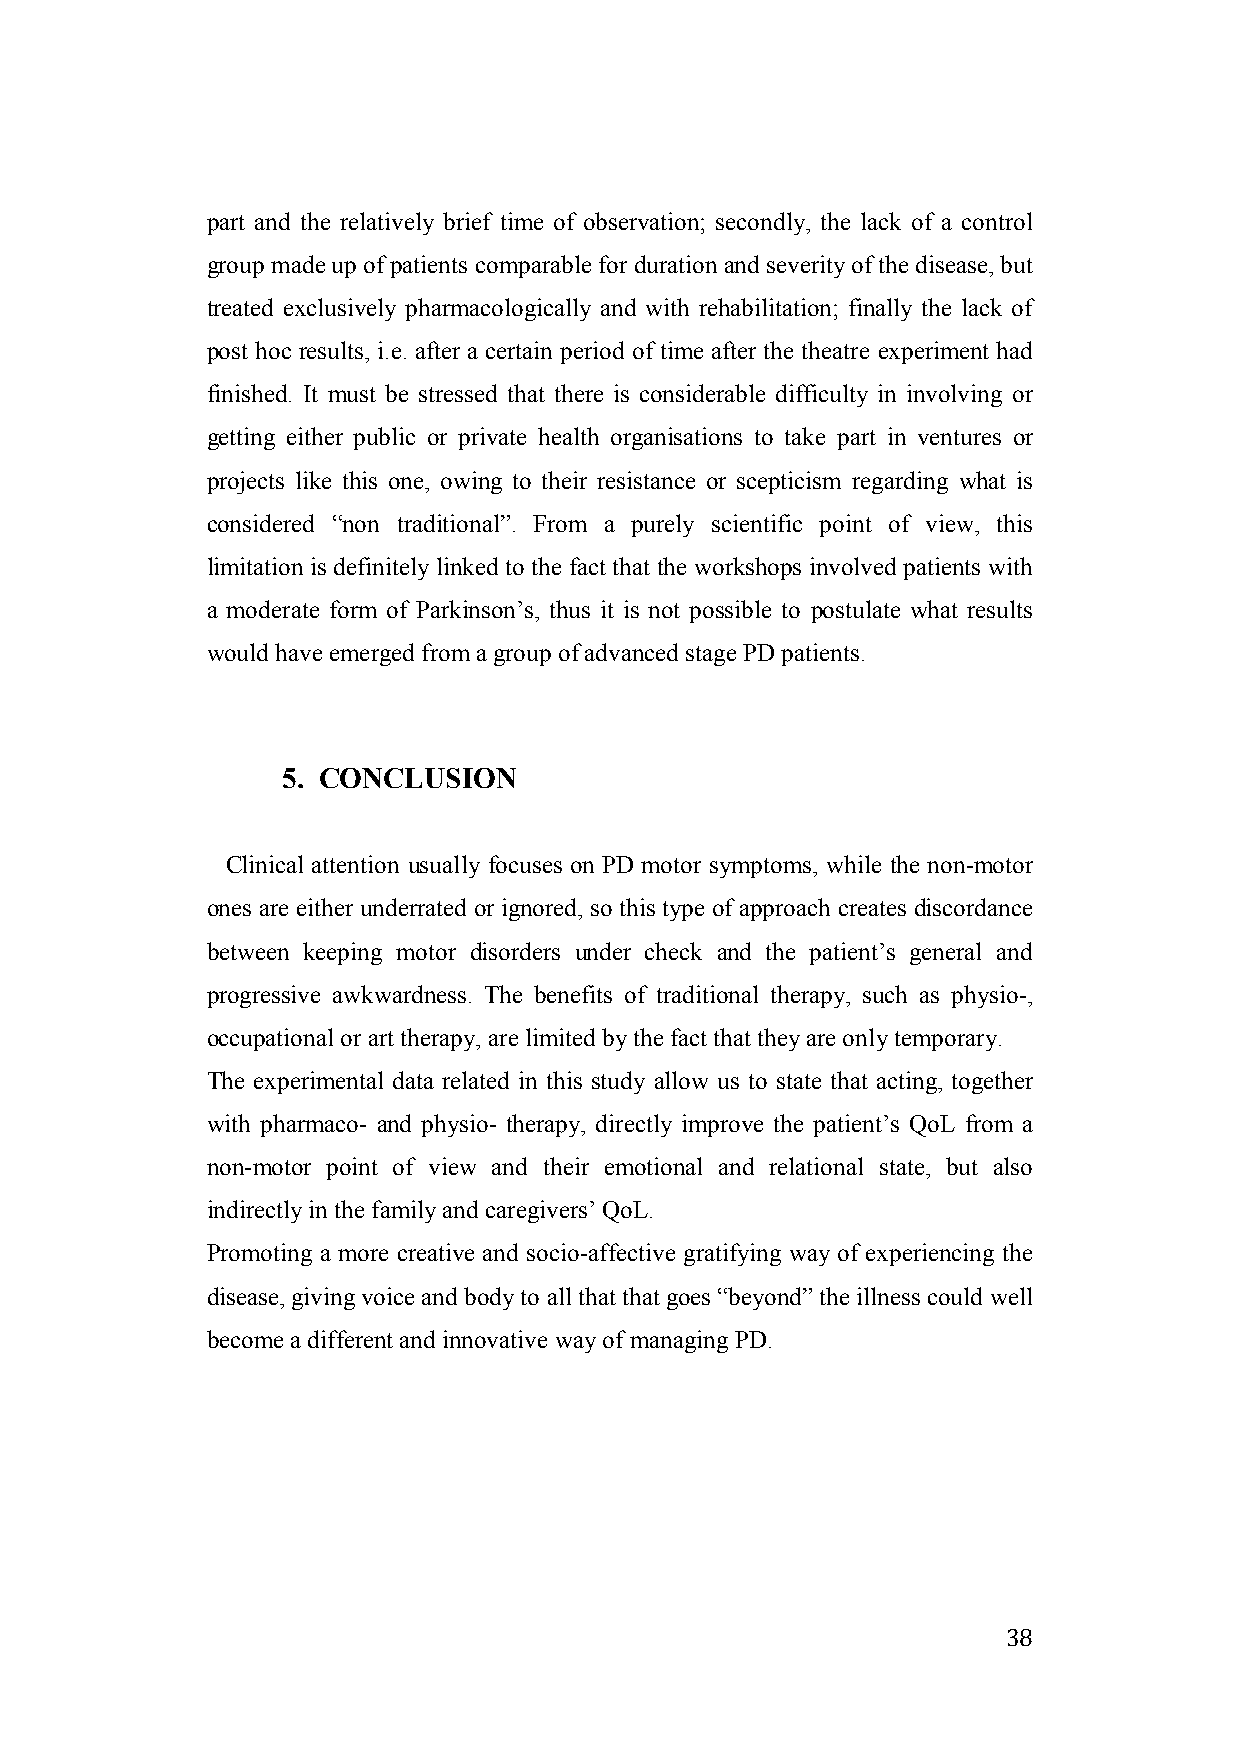
part and the relatively brief time of observation; secondly, the lack of a control
 group made up of patients comparable for duration and severity of the disease, but
 treated exclusively pharmacologically and with rehabilitation; finally the lack of
 post hoc results, i.e. after a certain period of time after the theatre experiment had
 finished. It must be stressed that there is considerable difficulty in involving or
 getting either public or private health organisations to take part in ventures or
 projects like this one, owing to their resistance or scepticism regarding what is
 considered “non traditional”. From a purely scientific point of view, this
 limitation is definitely linked to the fact that the workshops involved patients with
 a moderate form of Parkinson’s, thus it is not possible to postulate what results
 would have emerged from a group of advanced stage PD patients.
 5. CONCLUSION
 Clinical attention usually focuses on PD motor symptoms, while the non-motor
 ones are either underrated or ignored, so this type of approach creates discordance
 between keeping motor disorders under check and the patient’s general and
 progressive awkwardness. The benefits of traditional therapy, such as physio-,
 occupational or art therapy, are limited by the fact that they are only temporary.
 The experimental data related in this study allow us to state that acting, together
 with pharmaco- and physio- therapy, directly improve the patient’s QoL from a
 non-motor point of view and their emotional and relational state, but also
 indirectly in the family and caregivers’ QoL.
 Promoting a more creative and socio-affective gratifying way of experiencing the
 disease, giving voice and body to all that that goes “beyond” the illness could well
 become a different and innovative way of managing PD.
 38